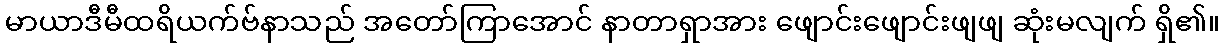
မာယာဒီမီထရိယက်ဗ်နာသည် အတော်ကြာအောင် နာတာရှာအား ဖျောင်းဖျောင်းဖျဖျ ဆုံးမလျက် ရှိ၏။